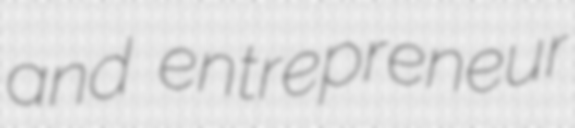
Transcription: and entrepreneur